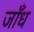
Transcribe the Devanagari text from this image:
जाँध